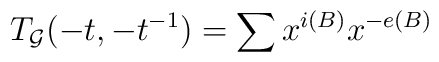
T_{{\cal G}}(-t,-t^{-1})=\sum x^{i(B)}x^{-e(B)}